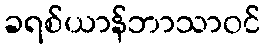
ခရစ်ယာန်ဘာသာဝင်